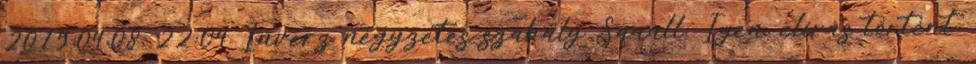
2015.04.08. 22:04 Inverz négyzetes szabály Squall: Igen, elírás történt,